Vaccination in Burma 1920-1933 - 1920-1933
Year: 1920
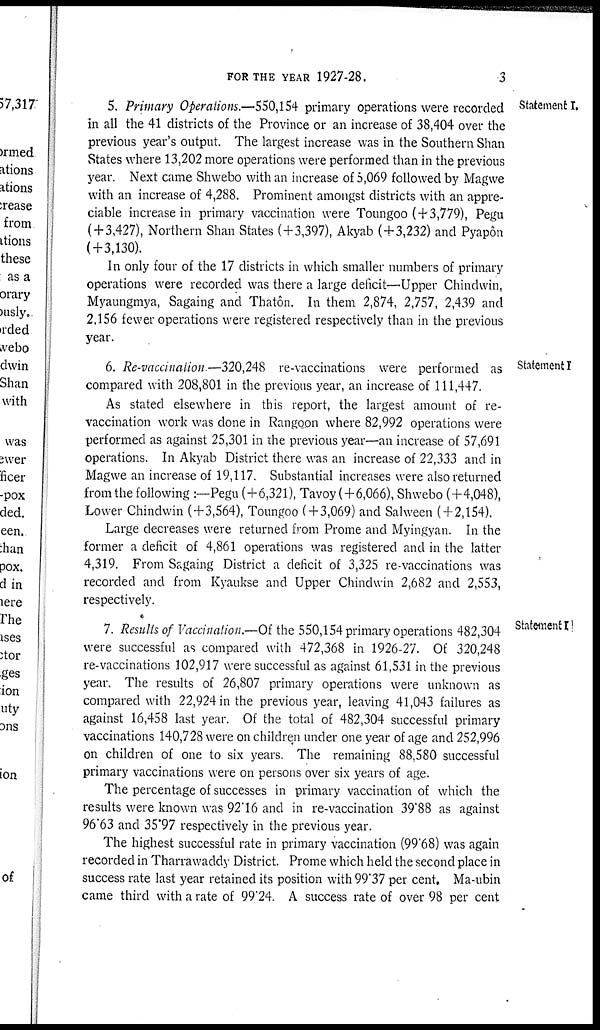
FOR THE YEAR 1927-28.
3
Statement I.
5. Primary Operations.—550,154 primary operations were recorded
in all the 41 districts of the Province or an increase of 38,404 over the
previous year's output. The largest increase was in the Southern Shan
States where 13,202 more operations were performed than in the previous
year. Next came Shwebo with an increase of 5,069 followed by Magwe
with an increase of 4,288. Prominent amongst districts with an appre-
ciable increase in primary vaccination were Toungoo (+3,779), Pegu
(+3,427), Northern Shan States (+3,397), Akyab (+3,232) and Pyapôn
(+3,130).
In only four of the 17 districts in which smaller numbers of primary
operations were recorded was there a large deficit—Upper Chindwin,
Myaungmya, Sagaing and Thatôn. In them 2,874, 2,757, 2,439 and
2,156 fewer operations were registered respectively than in the previous
year.
Statement I.
6. Re-vaccination.—320,248 re-vaccinations were performed as
compared with 208,801 in the previous year, an increase of 111,447.
As stated elsewhere in this report, the largest amount of re-
vaccination work was done in Rangoon where 82,992 operations were
performed as against 25,301 in the previous year—an increase of 57,691
operations. In Akyab District there was an increase of 22,333 and in
Magwe an increase of 19,117. Substantial increases were also returned
from the following :—Pegu (+6,321), Tavoy (+6,066), Shwebo (+4,048),
Lower Chindwin (+3,564), Toungoo (+3,069) and Salween (+2,154).
Large decreases were returned from Prome and Myingyan. In the
former a deficit of 4,861 operations was registered and in the latter
4,319. From Sagaing District a deficit of 3,325 re-vaccinations was
recorded and from Kyaukse and Upper Chindwin 2,682 and 2,553,
respectively.
Statement I.
7. Results of Vaccination.—Of the 550,154 primary operations 482,304
were successful as compared with 472,368 in 1926-27. Of 320,248
re-vaccinations 102,917 were successful as against 61,531 in the previous
year. The results of 26,807 primary operations were unknown as
compared with 22,924 in the previous year, leaving 41,043 failures as
against 16,458 last year. Of the total of 482,304 successful primary
vaccinations 140,728 were on children under one year of age and 252,996
on children of one to six years. The remaining 88,580 successful
primary vaccinations were on persons over six years of age.
The percentage of successes in primary vaccination of which the
results were known was 92.16 and in re-vaccination 39.88 as against
96.63 and 35.97 respectively in the previous year.
The highest successful rate in primary vaccination (99.68) was again
recorded in Tharrawaddy District. Prome which held the second place in
success rate last year retained its position with 99.37 per cent. Ma-ubin
came third with a rate of 99.24. A success rate of over 98 per cent